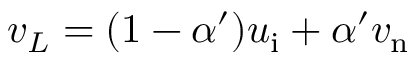
v _ { L } = ( 1 - \alpha ^ { \prime } ) u _ { \mathrm { i } } + \alpha ^ { \prime } v _ { \mathrm { n } }